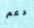
دعم